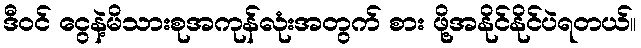
ဒီဝင် ငွေနဲ့မိသားစုအကုန်လုံးအတွက် စား ဖို့အနိုင်နိုင်ပဲရတယ်။